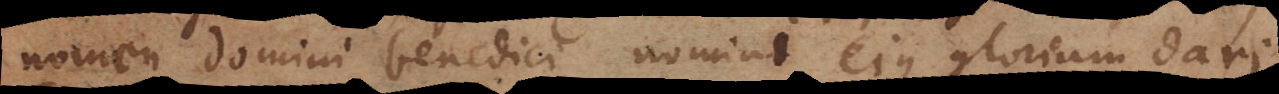
nomen domini benedici, nomini ejus gloriam dari.